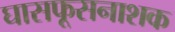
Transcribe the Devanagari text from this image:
घासफूसनाशक